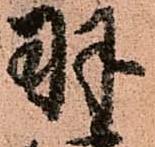
羽